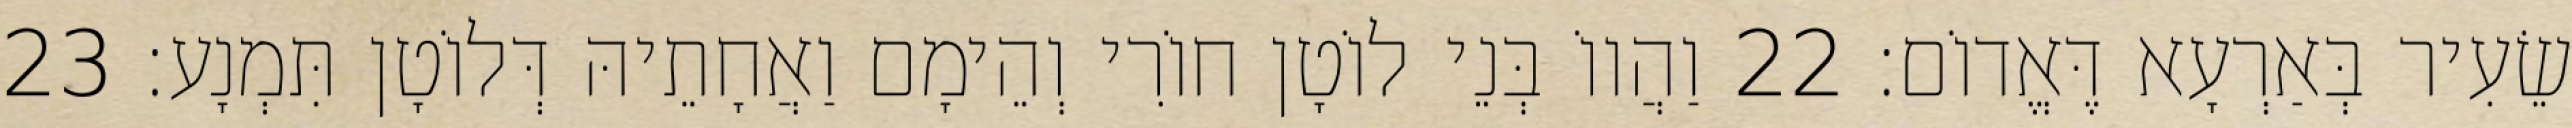
שֵׂעִיר בְּאַרְעָא דֶּאֱדוֹם׃ 22 וַהֲווֹ בְּנֵי לוֹטָן חוֹרִי וְהֵימָם וַאֲחָתֵיהּ דְּלוֹטָן תִּמְנָע׃ 23